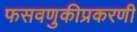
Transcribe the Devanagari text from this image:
फसवणुकीप्रकरणी